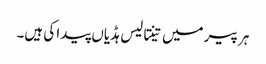
ہر پیر میں تینتالیس ہڈیاں پیدا کی ہیں۔